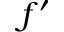
f ^ { \prime }